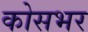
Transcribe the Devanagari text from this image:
कोसभर